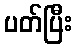
ပတ်ပြီး